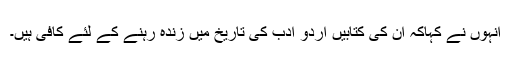
انہوں نے کہاکہ ان کی کتابیں اردو ادب کی تاریخ میں زندہ رہنے کے لئے کافی ہیں۔